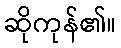
ဆိုကုန်၏။